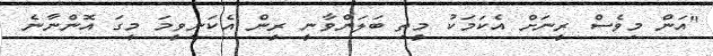
"އަން މިވެސް ރީނަށް އެކަމަކު މީތި ބަލަންވާނީ ރީން އެކަނިވީމަ މީގަ އޮންނާނެ